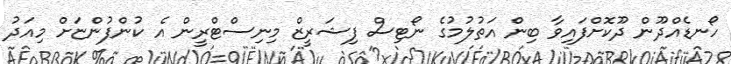
ހޯނޑެއްދޫން ދޫކޮށްފައިވާ ބިން އަތުލުމުގެ ނޯޓިސް ފިޝަރީޒް މިނިސްޓްރީން އެ ކުންފުންޏަށް މިއަދު